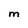
Character: M